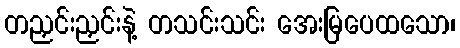
တညှင်းညှင်းနဲ့ တသင်းသင်း အေးမြပေထသော၊